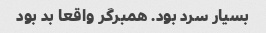
بسیار سرد بود. همبرگر واقعا بد بود